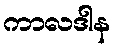
ကာလဒါန